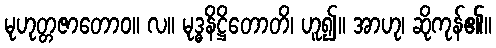
မုဟုတ္တဇာတောဝ။ လ။ မုဒ္ဓနိဋ္ဌိတောတိ၊ ဟူ၍။ အာဟု၊ ဆိုကုန်၏။